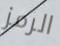
الرمز